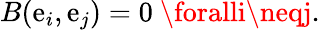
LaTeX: B(\mathrm{e}_{i},\mathrm{e}_{j})=0\ \foralli\neqj.